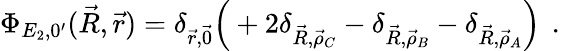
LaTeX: \Phi_{E_{2},0^{\prime}}(\vec{R},\vec{r})=\delta_{\vec{r},\vec{0}}\Big(+2\delta_{\vec{R},\vec{\rho}_{C}}-\delta_{\vec{R},\vec{\rho}_{B}}-\delta_{\vec{R},\vec{\rho}_{A}}\Big)\, \mathrm{~.~}